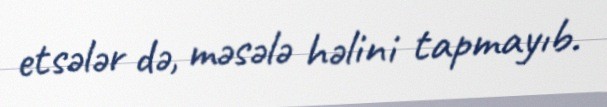
etsələr də, məsələ həlini tapmayıb.